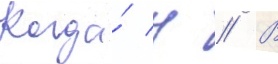
Когда́ н // В